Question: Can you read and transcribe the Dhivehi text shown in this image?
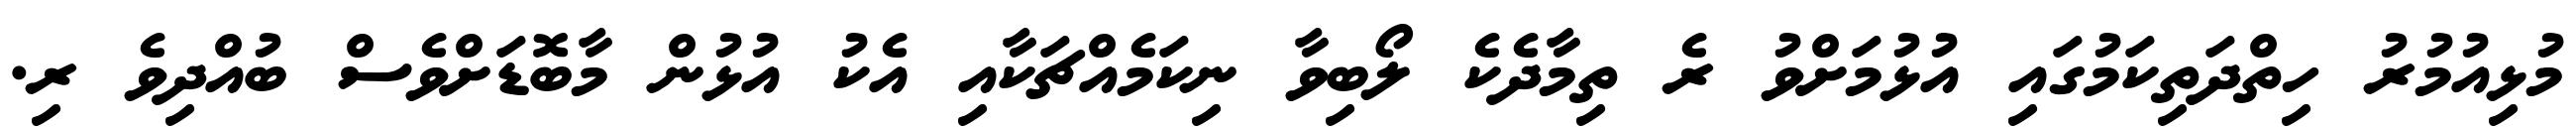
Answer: މުޅިއުމުރު ހިތްދަތިކަމުގައި އުޅުމަށްވު ރެ ތިމާދެކެ ލޯބިވާ ނިކަމެއްޗަކާއި އެކު އުޅުން މާބޮޑަށްވެސް ބުއްދިވެ ރި.